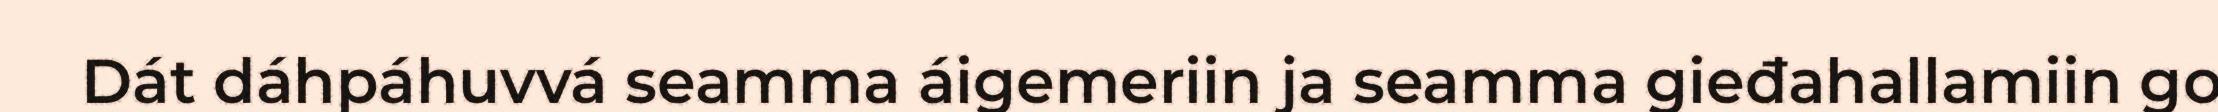
Dát dáhpáhuvvá seamma áigemeriin ja seamma gieđahallamiin go